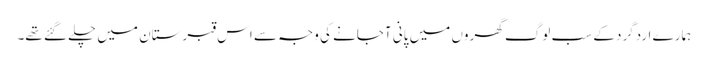
ہمارے اردگرد کے سب لوگ گھروں میں پانی آجانے کی وجہ سے اس قبرستان میں چلے گئے تھے۔